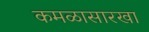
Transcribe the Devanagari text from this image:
कमळासारखा